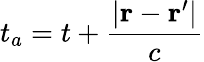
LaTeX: t_{a}=t+{\frac{|\mathbf{r}-\mathbf{r}^{\prime}|}{c}}